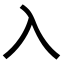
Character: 入